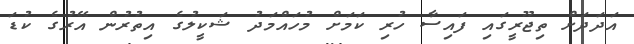
އަދަދަށް ތިޖޫރީގައި ފައިސާ ހުރި ކަމަށް މުހައްމަދު ޝަކީލުގެ އިތުރުން އޭރުގެ ކުޑަ